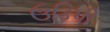
ઉડિપી